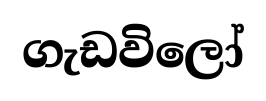
ගැඩවිලෝ